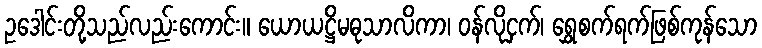
ဥဒေါင်းတို့သည်လည်းကောင်း။ ယောယဋ္ဌိမဓုသာလိကာ၊ ဝန်လိုငှက်၊ ရွှေစက်ရက်ဖြစ်ကုန်သော